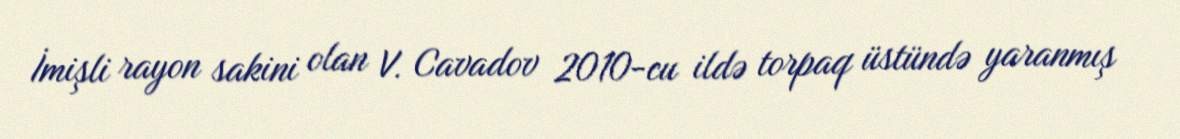
İmişli rayon sakini olan V. Cavadov 2010-cu ildə torpaq üstündə yaranmış